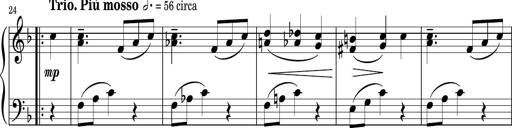
Title: Sonatina PandemÃ³nium
Composer: VÃ­ctor Carbajo
Key: C major